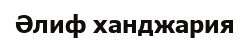
Әлиф ханджария